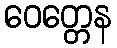
ဝေတ္တေန